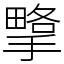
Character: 㨼